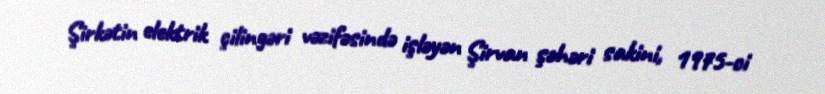
Şirkətin elektrik çilingəri vəzifəsində işləyən Şirvan şəhəri sakini, 1975-ci